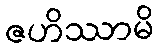
ဇဟိဿာမိ